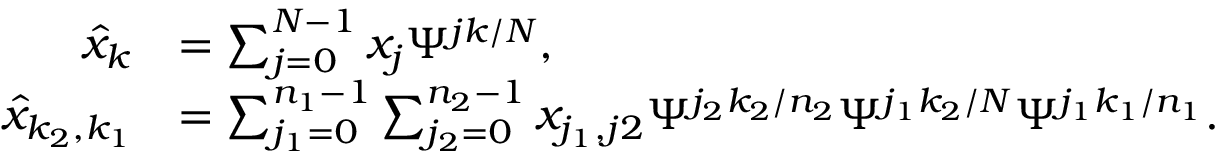
\begin{array} { r l } { \hat { x } _ { k } } & { = \sum _ { j = 0 } ^ { N - 1 } x _ { j } \Psi ^ { j k / N } , } \\ { \hat { x } _ { k _ { 2 } , k _ { 1 } } } & { = \sum _ { j _ { 1 } = 0 } ^ { n _ { 1 } - 1 } \sum _ { j _ { 2 } = 0 } ^ { n _ { 2 } - 1 } x _ { j _ { 1 } , j 2 } \Psi ^ { j _ { 2 } k _ { 2 } / n _ { 2 } } \Psi ^ { j _ { 1 } k _ { 2 } / N } \Psi ^ { j _ { 1 } k _ { 1 } / n _ { 1 } } . } \end{array}